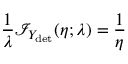
\frac { 1 } { \lambda } { \mathcal { I } _ { Y _ { \mathrm { d e t } } } ( \eta ; \lambda ) } = \frac { 1 } { \eta }